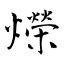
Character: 爃